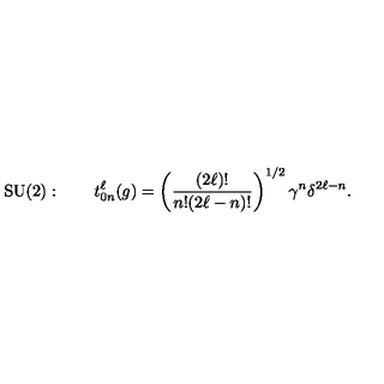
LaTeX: \mathrm { S U ( 2 ) } : \qquad t _ { 0 n } ^ { \ell } ( g ) = \left( \frac { ( 2 \ell ) ! } { n ! { ( 2 \ell - n ) ! } } \right) ^ { 1 / 2 } \gamma ^ { n } \delta ^ { 2 \ell - n } .